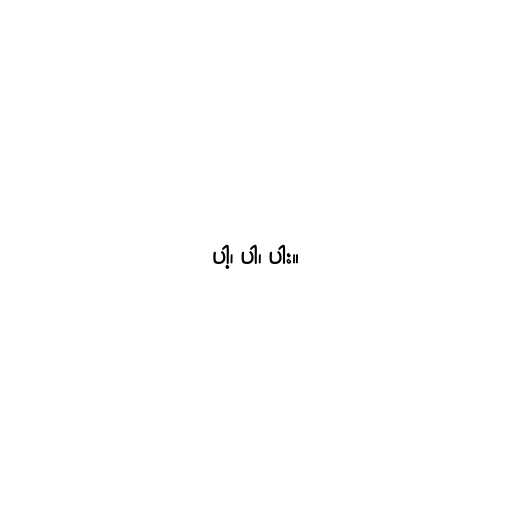
ပါ့၊ ပါ၊ ပါး။